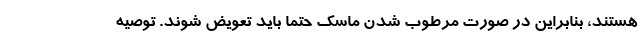
هستند، بنابراین در صورت مرطوب شدن ماسک حتما باید تعویض شوند. توصیه